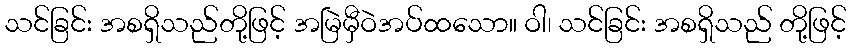
သင်ခြင်း အစရှိသည်တို့ဖြင့် အမြဲမှီဝဲအပ်ထသော။ ဝါ၊ သင်ခြင်း အစရှိသည် တို့ဖြင့်